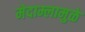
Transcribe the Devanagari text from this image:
मेदाम्लामुळे